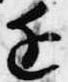
近